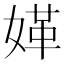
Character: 𡟍